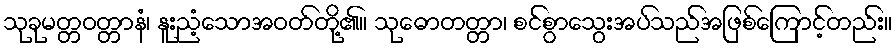
သုခုမတ္တဝတ္တာနံ၊ နူးညံ့သောအဝတ်တို့၏။ သုဓောတတ္တာ၊ စင်စွာသွေးအပ်သည်အဖြစ်ကြောင့်တည်း။